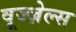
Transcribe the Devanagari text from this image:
वूज्ज़ेल्स